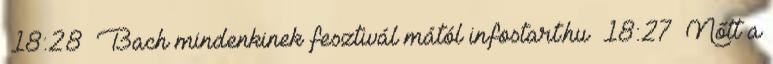
18:28 Bach mindenkinek fesztivál mától infostart.hu 18:27 Nőtt a